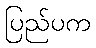
ပြည်ပက